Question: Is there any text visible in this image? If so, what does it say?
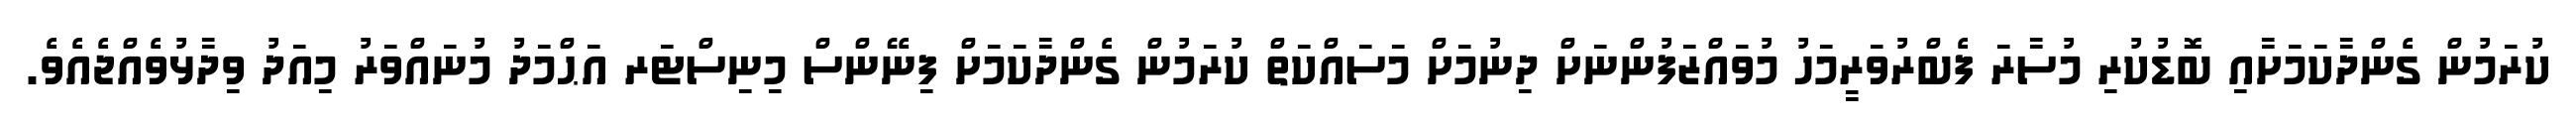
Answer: ކުރަމުން ގެންދާކަމަށާއި ބޮޑުކުރި މުސާރަ ފެބްރުވަރީމަހު މުވައްޒަފުންނަށް ދިނުމަށް މަސައްކަތް ކުރަމުން ގެންދާކަމަށް ފިނޭންސް މިނިސްޓަރ އަޙްމަދު މުނައްވަރު މިއަދު ވިދާޅުވެއްޖެއެވެ.